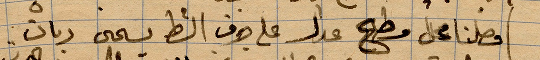
فوصلنا مجل وطح عدل على جرف الشط ...